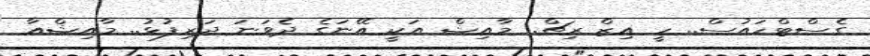
ގެސްޓްހައުސް.. ހީ އިޒް ރިޗް.. މާއިޝް އަކީ އޭނަގެ ދެވަނަ ދަރިފުޅު.. މާއިޝްއާ